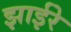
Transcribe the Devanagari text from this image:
झाईरे